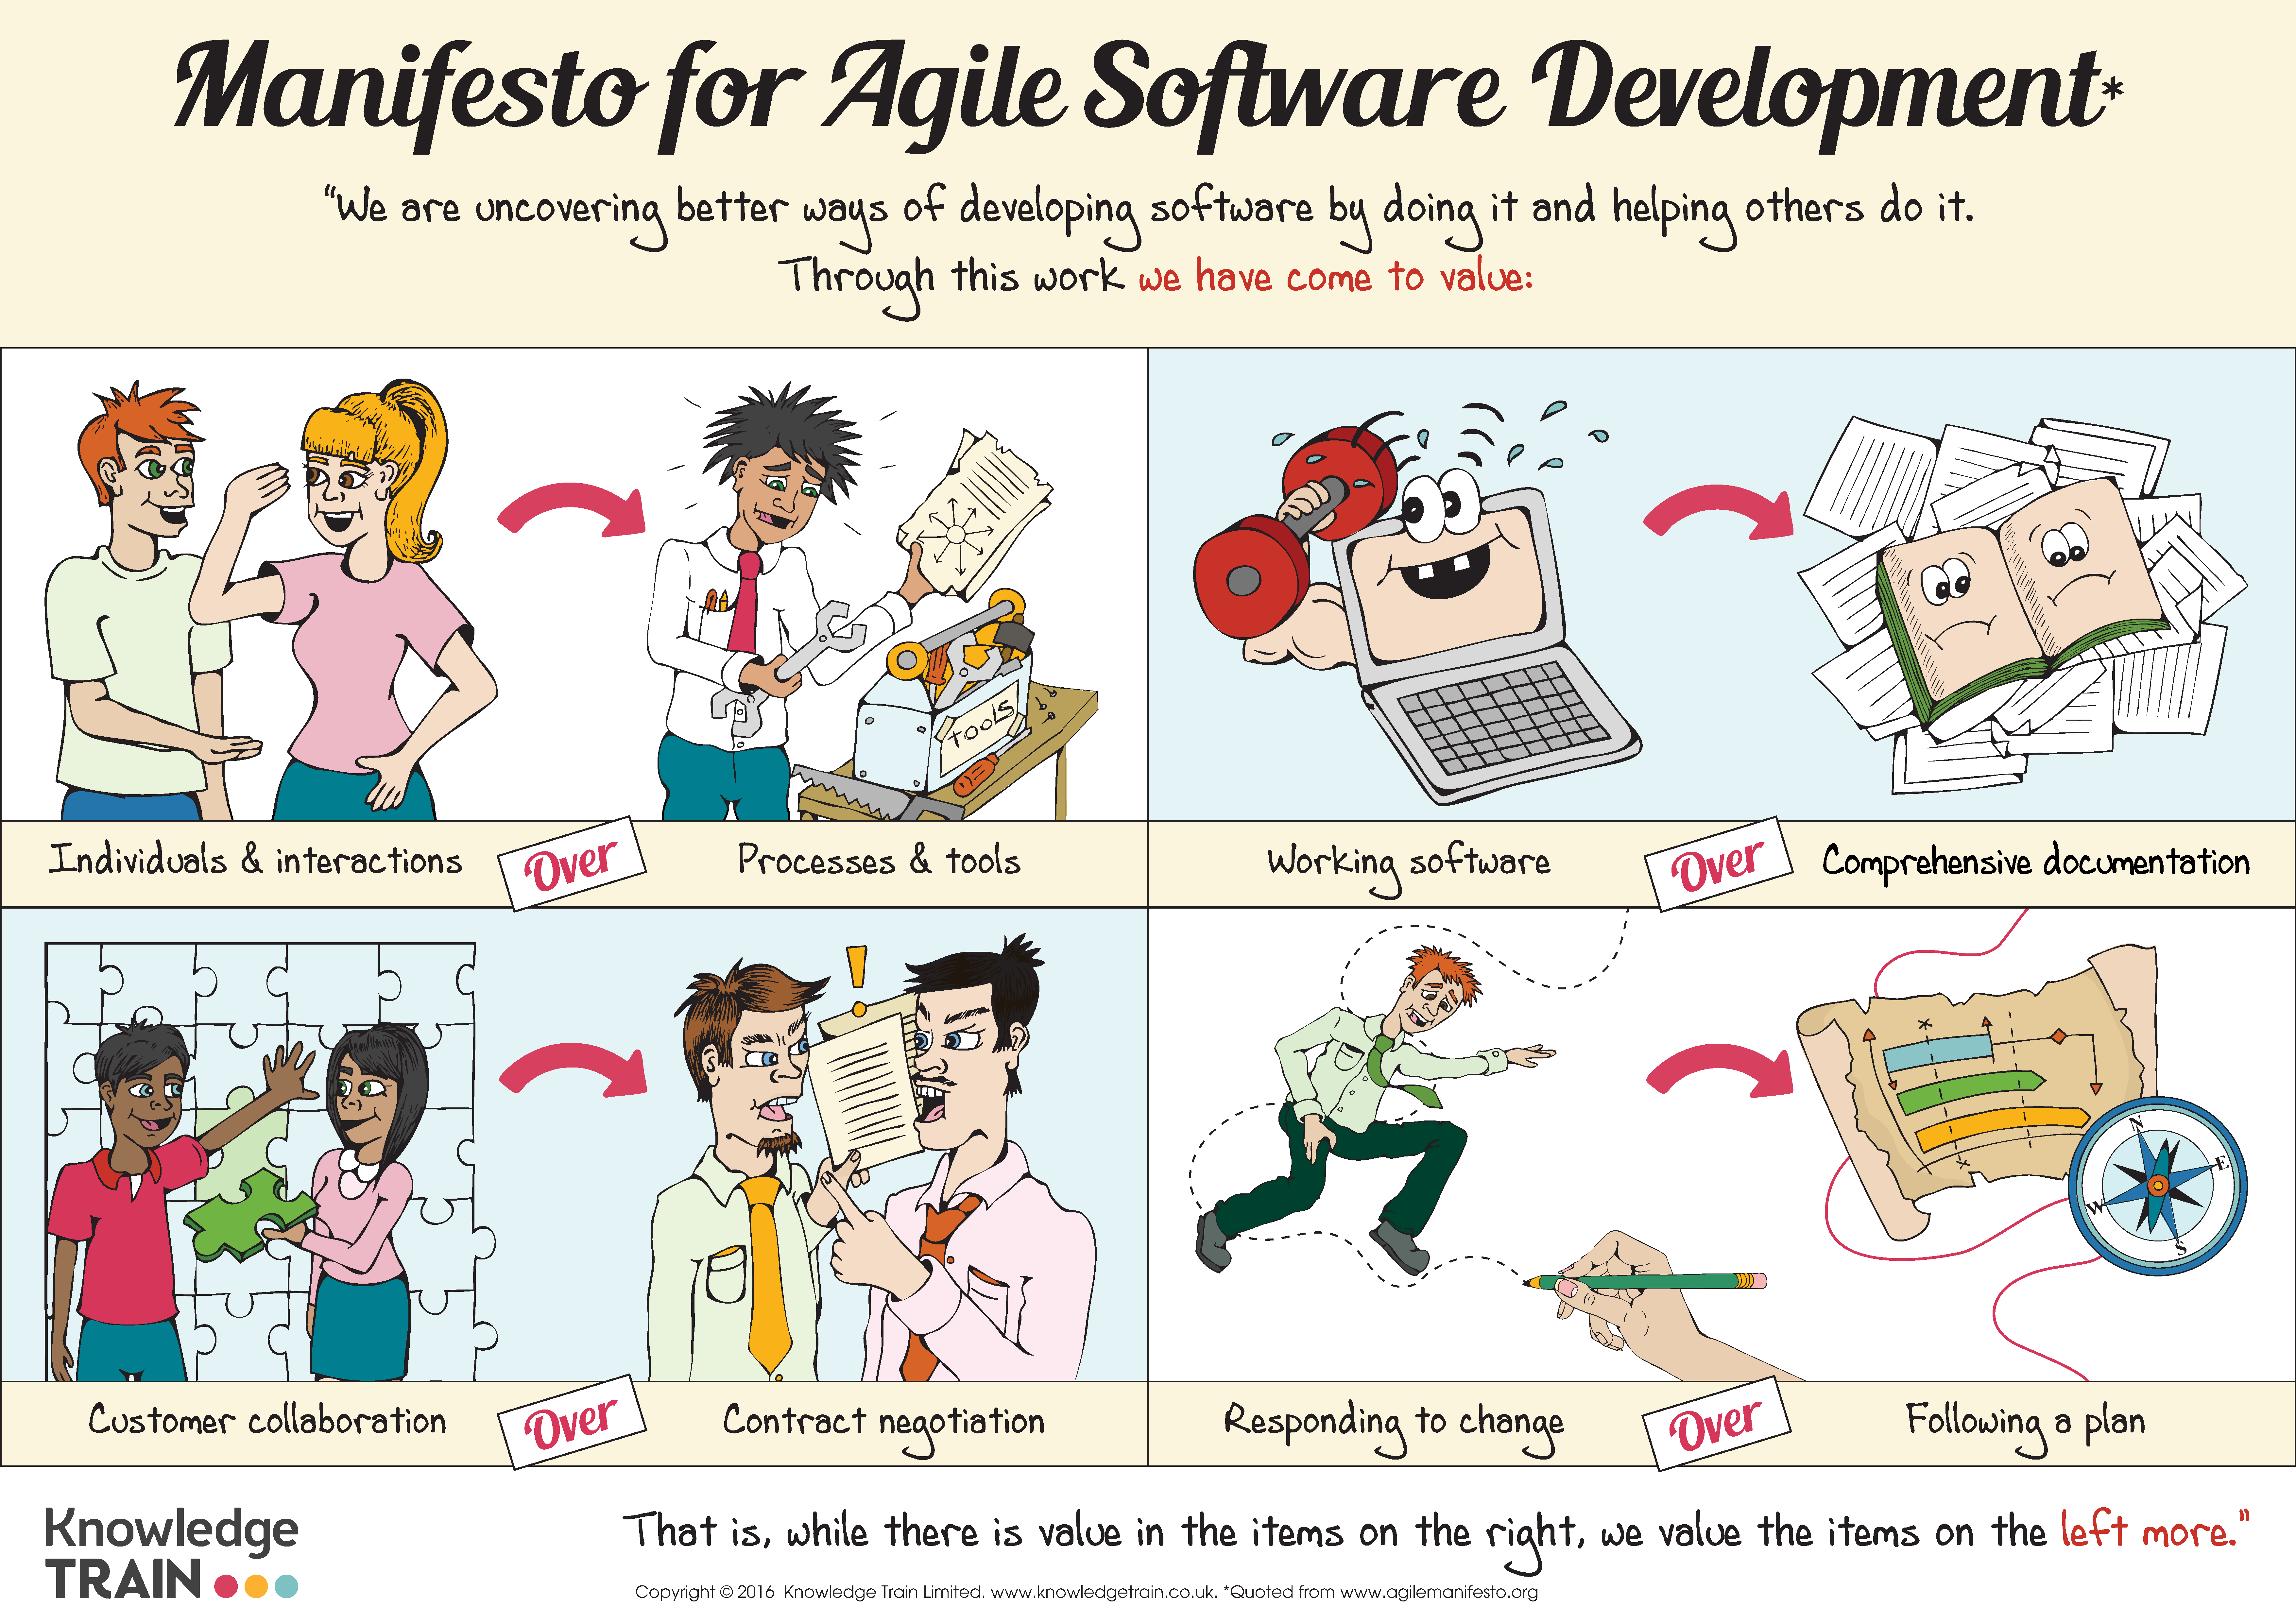
Manifes                                                                      t      o                for                             Agile                                               Software                                                                                 Deve                                        lopment
 *
 “We            are            uncovering                               better                    ways                of         developing                             software                            by         doing                 it      and              helping                    others                     do          it.
 Through                           this              work                 we         have               come                to         value:
 r                                                                                                                                                                                                                                       r
 e                                                                                                                                                                                                                                        e
 v                                                                                                                                                                                                                                       v
 O                                                                                                                                                                                                                                       O
 Individuals                            &      interactions                                                                                  Processes                         &      tools                                                             Working                     software                                                                            Comprehensive                                documentation
 r                                                                                                                                                                                                                                       r
 e                                                                                                                                                                                                                                       e
 v                                                                                                                                                                                                                                       v
 O                                                                                                                                                                                                                                      O
 Customer                        collaboration                                                                                    Contract                       negotiation                                                           Responding                            to        change                                                                                    Following                     a     plan
 That                  is,         while              there                 is       value               in       the            items                on         the            right,                 we          value               the           items                 on         the            left            more.”
 Copyright        ©  2016      Knowledge          Train    Limited.      www.knowledgetrain.co.uk.                      *Quoted        from    www.agilemanifesto.org